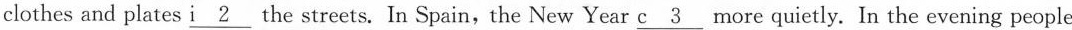
clothes and plates i\underline{2}the streets. In Spain,the New Year c\underline{3}more quietly.In the evening people